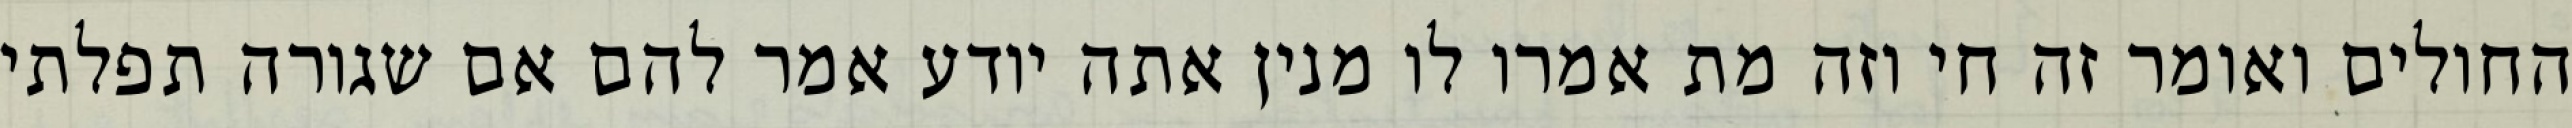
החולים ואומר זה חי וזה מת אמרו לו מנין אתה יודע אמר להם אם שגורה תפלתי